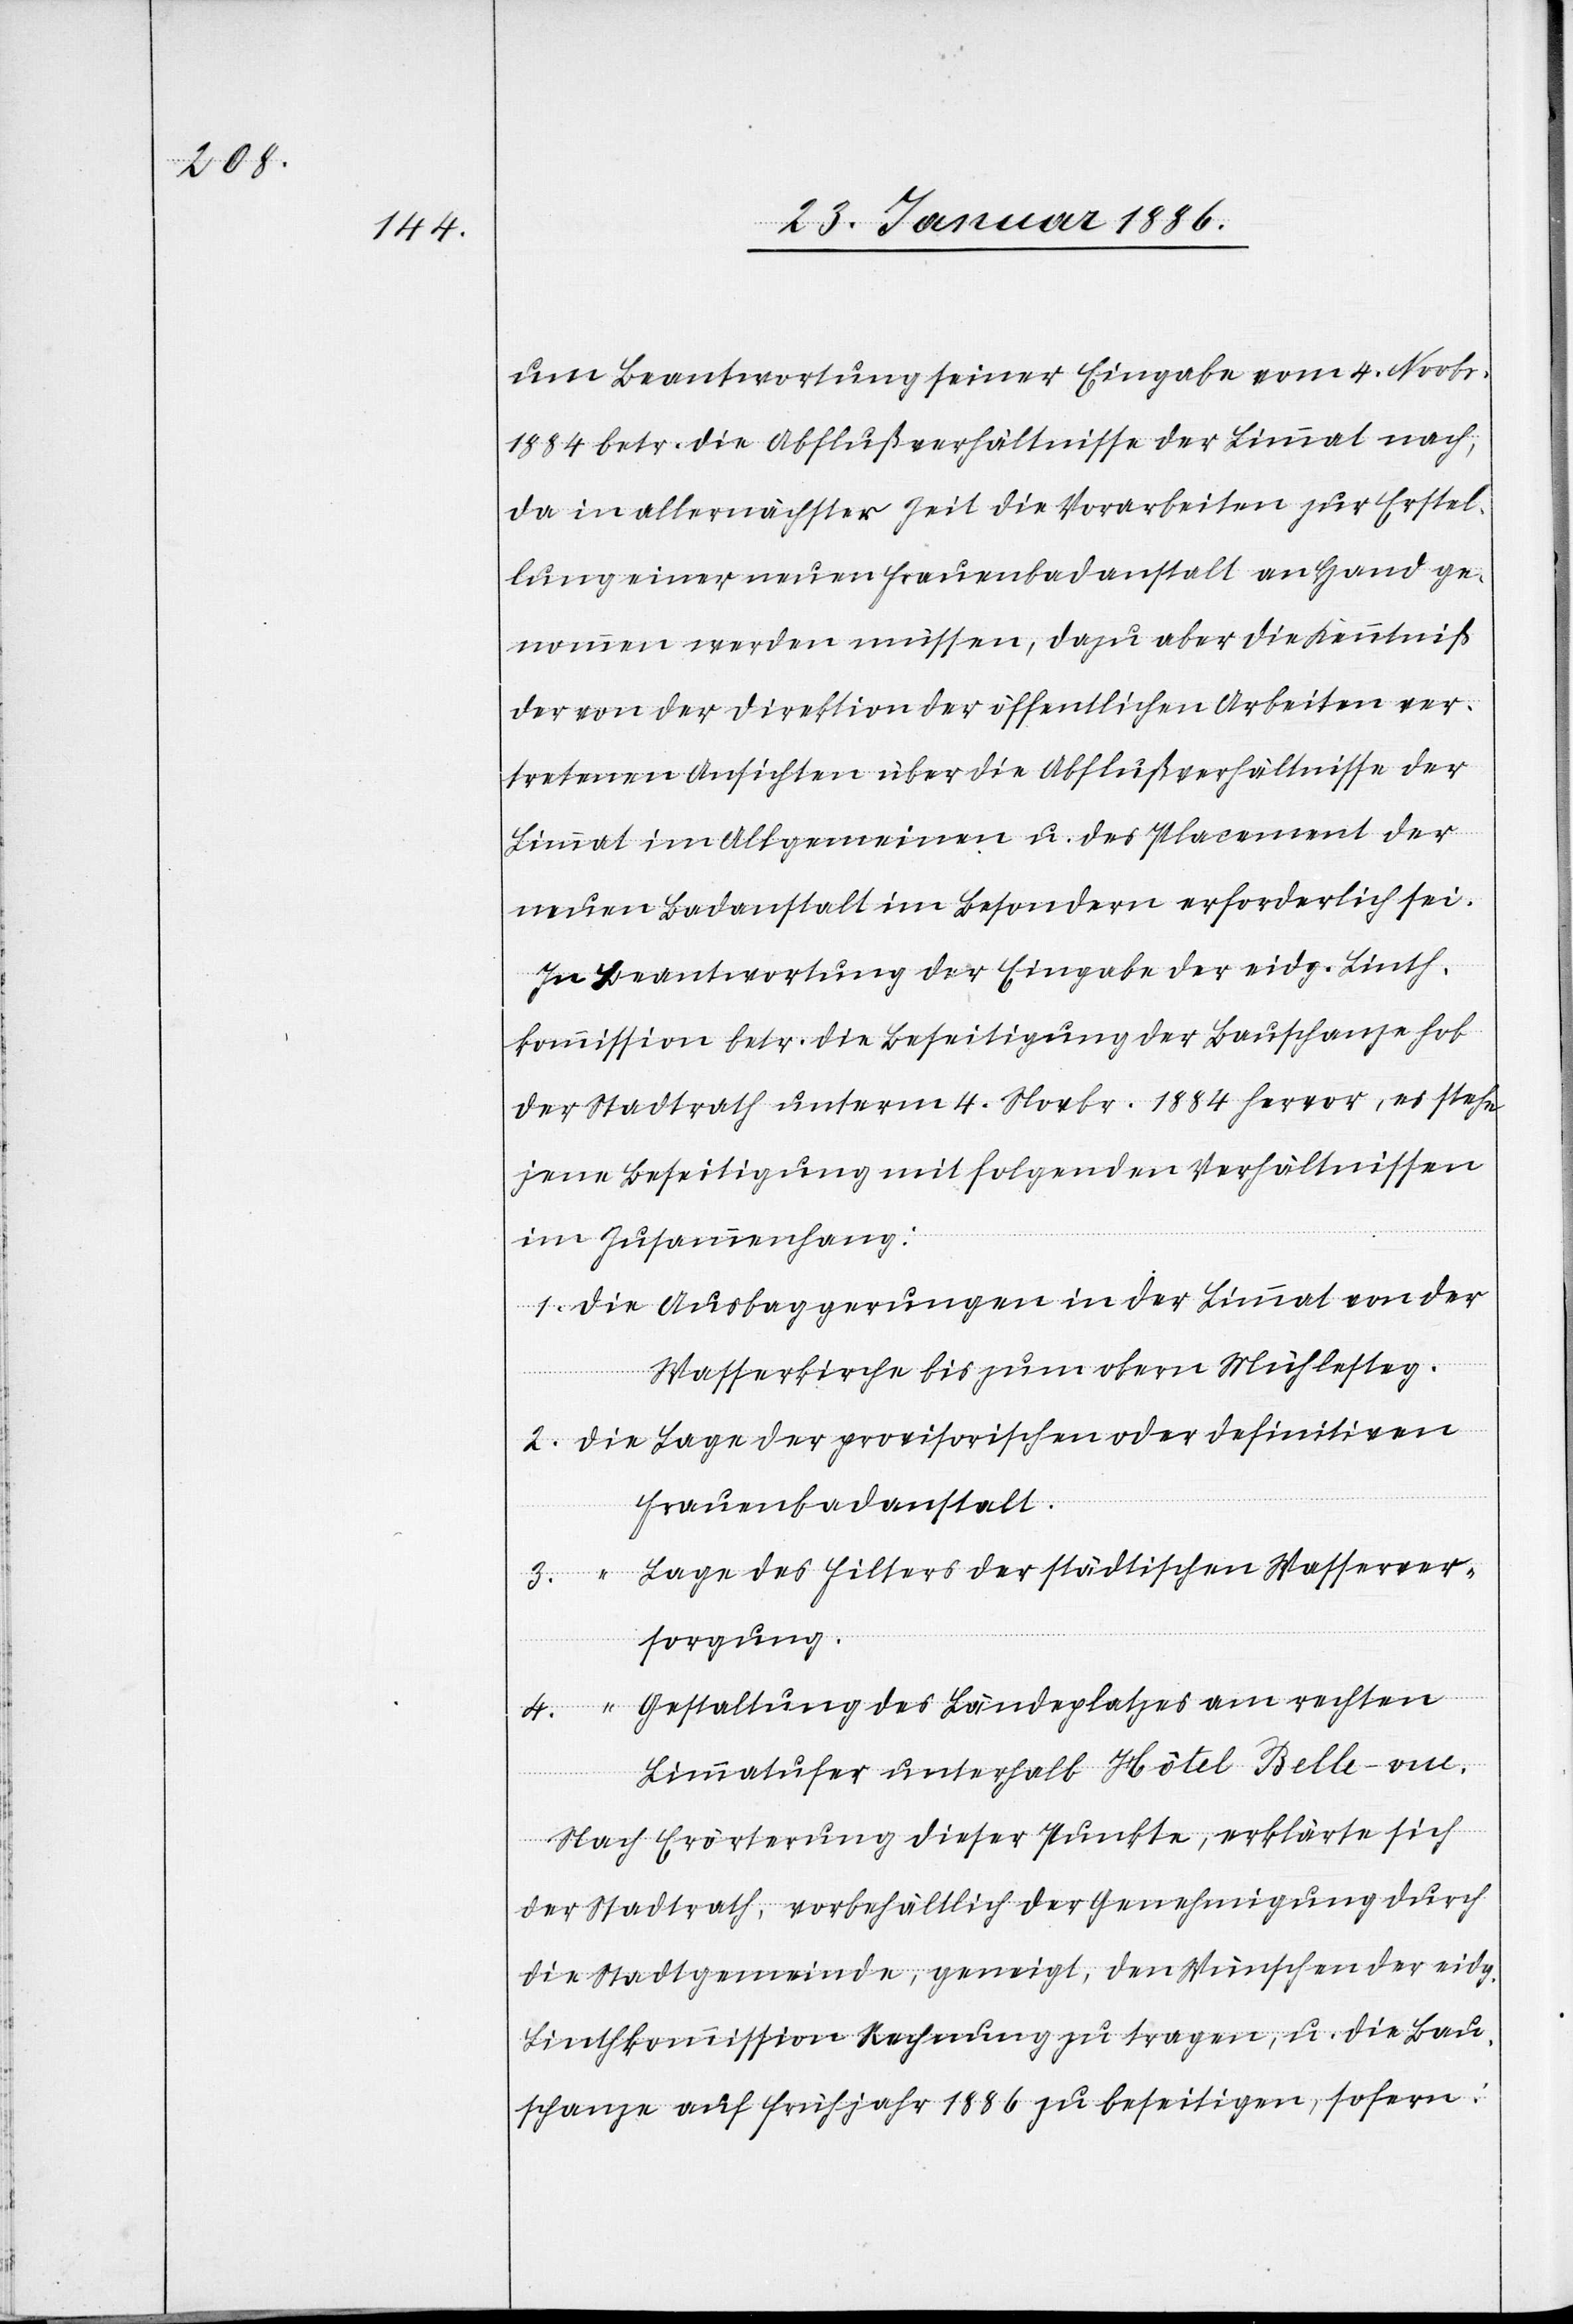
um Beantwortung seiner Eingabe vom 4. Novbr.
1884 betr. die Abschlußverhältnisse der Limmat nach;
da in allernächster Zeit die Vorarbeiten zur Erstel¬
lung einer neuen Frauenbadanstalt an Hand ge¬
nommen werden müssen, dazu aber die Kenntniß
der von der Direktion der öffentlichen Arbeiten ver¬
tretenen Ansichten über die Abschlußverhältnisse der
Limmat im Allgemeinen u. des Placement der
neuen Badeanstalt im Besondern erforderlich sei.
In Beantwortung der Eingabe der eidg. Linth¬
kommission betr. die Beseitigung der Bauschanze hob
der Stadtrath unterm 4. Novbr. 1884 hervor, es stehe
jene Beseitigung mit folgenden Verhältnissen
im Zusammenhang:
1. Die Ausbaggerungen in der Limmat von der
Wasserkirche bis zum obern Mühlesteg.
2. Die Lage der provisorischen oder definitiven
Frauenbadanstalt.
3. “ Lage des Filters der städtischen Wasserver¬
sorgung.
4. “ Gestaltung des Landeplatzes am rechten
Limmatufer unterhalb Hôtel Belle-vue.
Nach Erörterung dieser Punkte, erklärte sich
der Stadtrath, vorbehältlich der Genehmigung durch
die Stadtgemeinde, geneigt, den Wünschen der eidg.
Linthkommission Rechnung zu tragen, u. die Bau¬
schanze auf Frühjahr 1886 zu beseitigen, sofern: